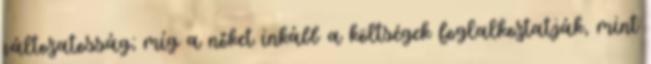
változatosság; míg a nőket inkább a költségek foglalkoztatják, mint